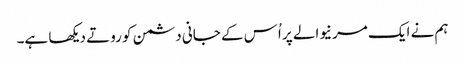
ہم نے ایک مرنیوالے پر اُس کے جانی دشمن کو روتے دیکھا ہے۔